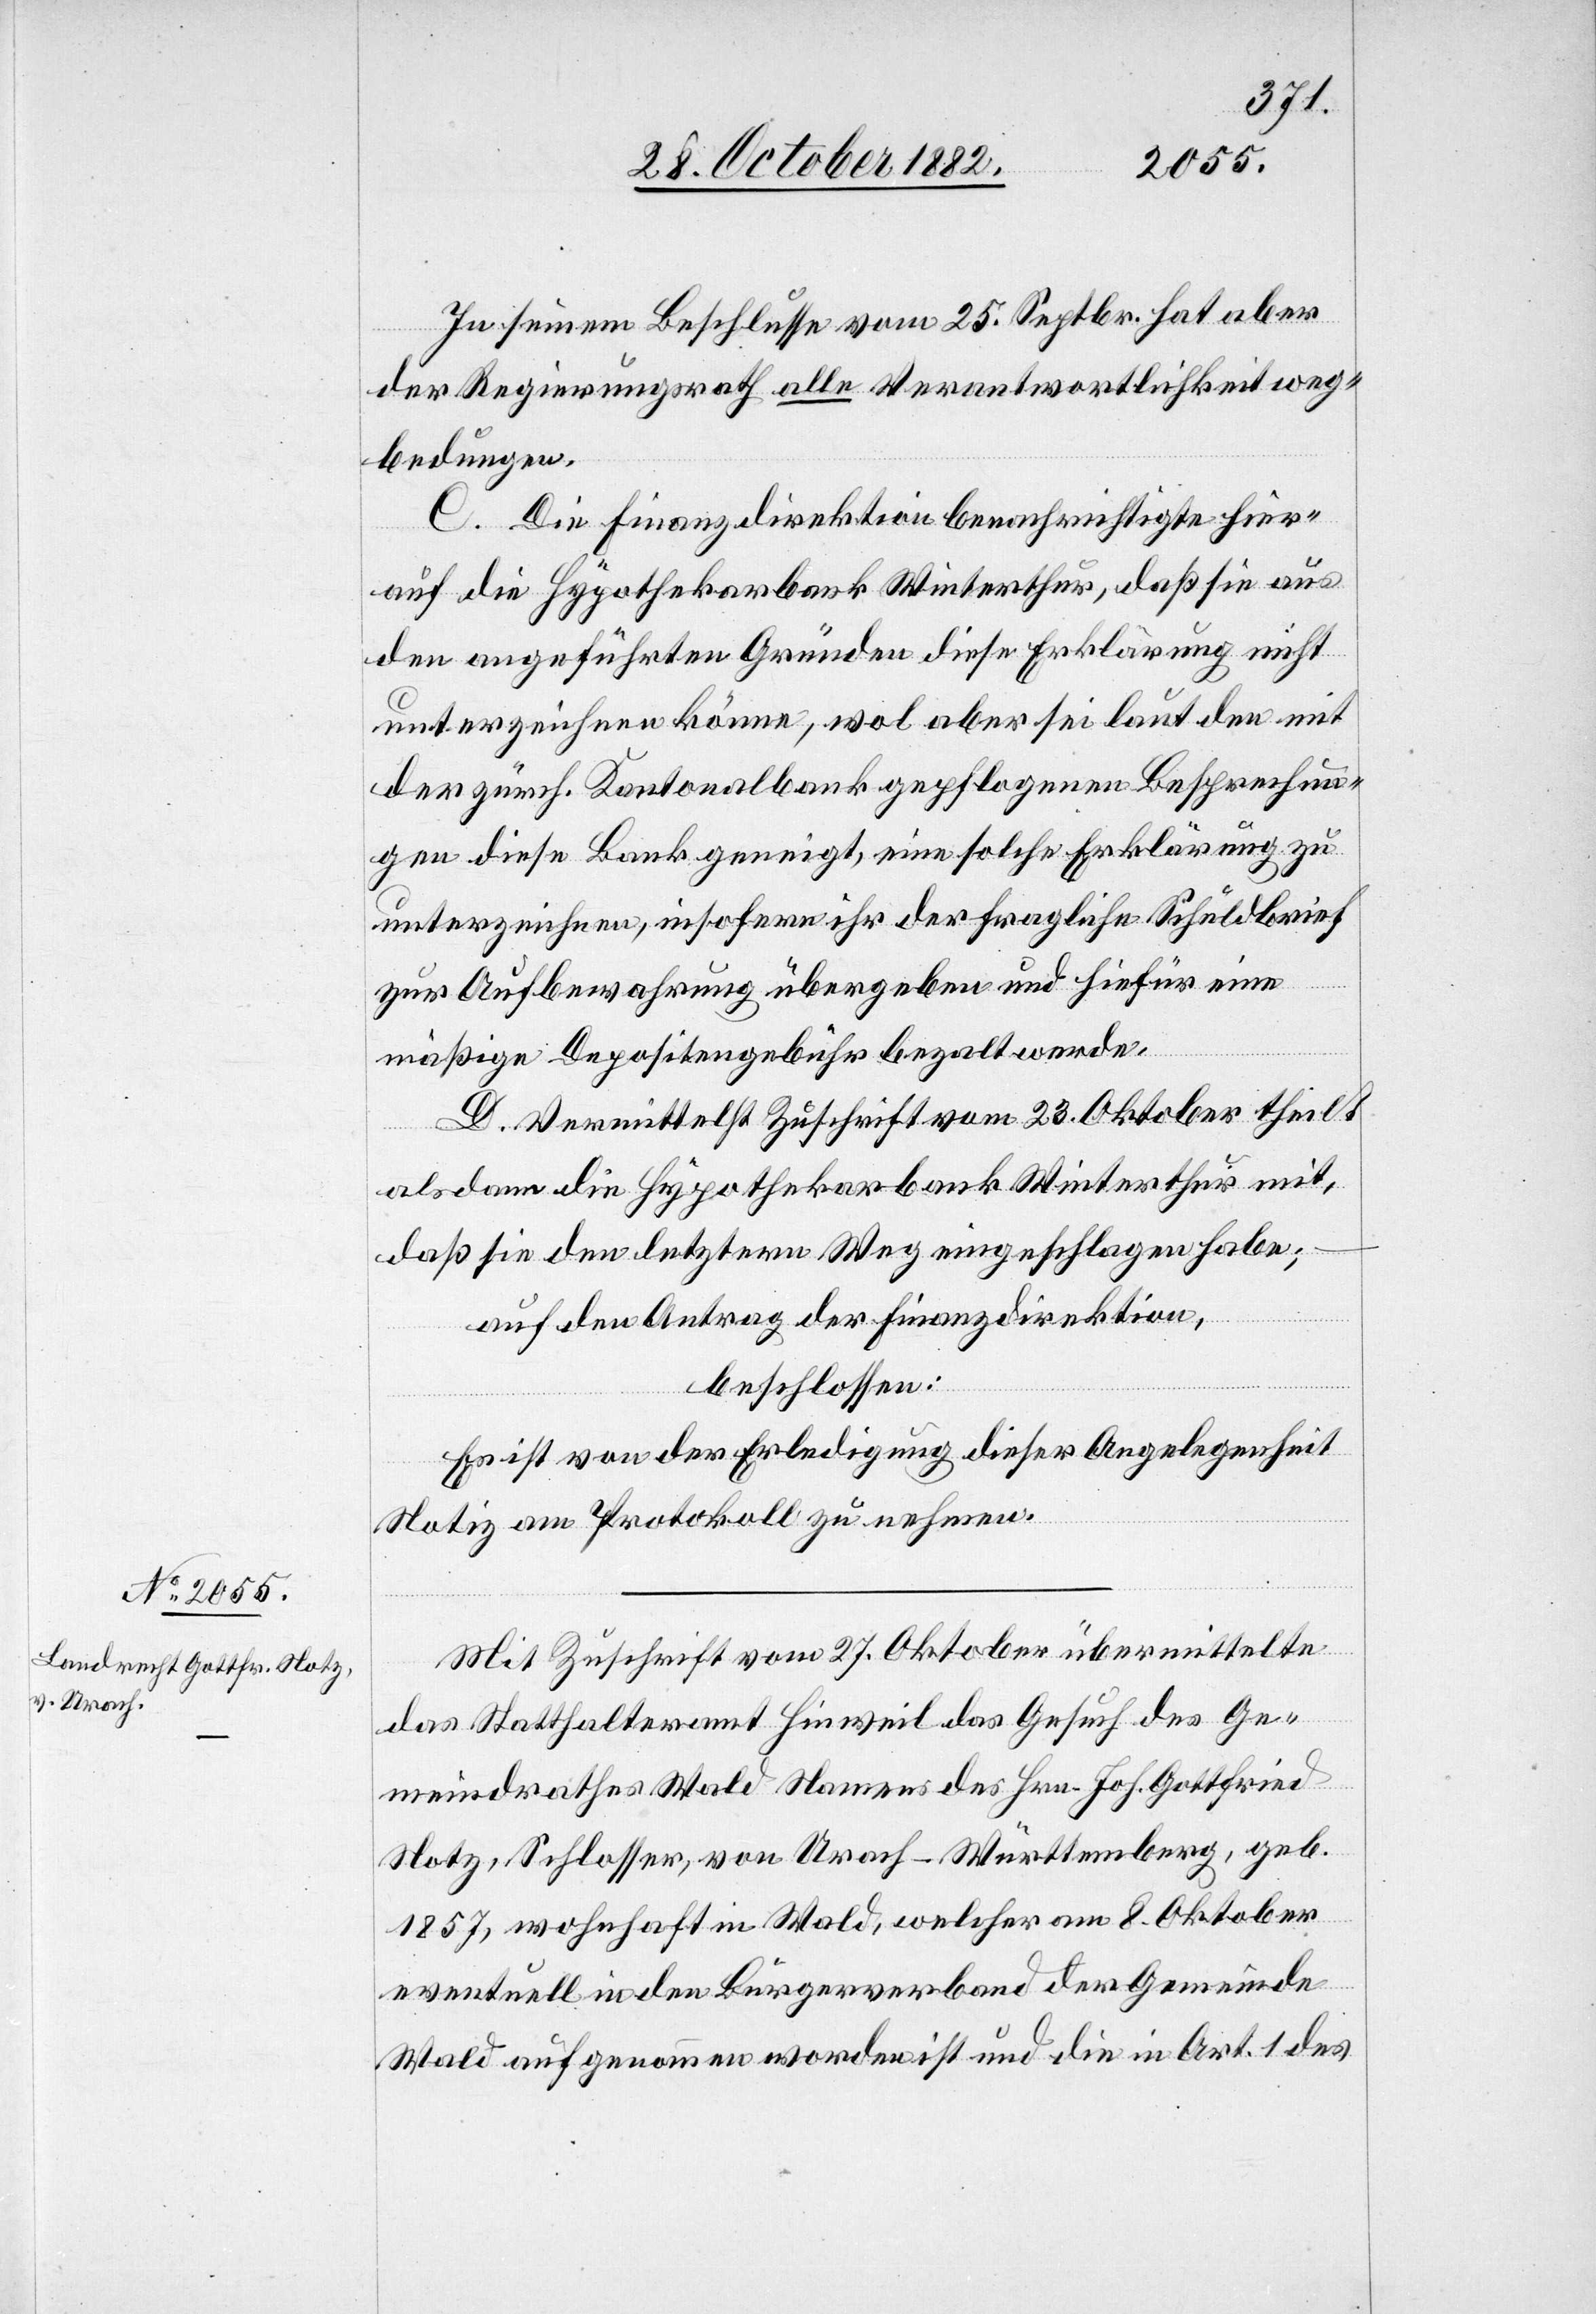
In Seinem Beschlusse vom 25. Septbr. hat aber
der Regierungsrath alle Verantwortlichkeit weg¬
bedungen.
C. Die Finanzdirektion benachrichtigte hier¬
auf die Hypothekarbank Winterthur, daß sie aus
den angeführten Gründen diese Erklärung nicht
unterzeichnen könne, wol aber sei laut den mit
der zürch. Kantonalbank gepflogenen Besprechun¬
gen diese Bank geneigt, eine solche Erklärung zu
unterzeichnen, insofern ihr der fragliche Schuldbrief
zur Aufbewahrung übergeben und hiefür eine
mäßige Depositengebühr bezahlt werde.
D. Vermittelst Zuschrift vom 23. Oktober theilt
alsdann die Hypothekarbank Winterthur mit,
daß sie den letztern Weg eingeschlagen habe;
auf den Antrag der Finanzdirektion,
beschlossen:
Es ist von der Erledigung dieser Angelegenheit
Notiz am Protokoll zu nehmen.
Mit Zuschrift vom 27. Oktober übermittelte
das Statthalteramt Hinweil das Gesuch des Ge¬
meindrathes Wald Namens des Hrn. Joh. Gottfried
Notz, Schlosser, von Urach - Württemberg, geb.
1857, wohnhaft in Wald, welcher am 8. Oktober
eventuell in den Bürgerverband der Gemeinde
Wald aufgenommen worden ist und die in Art. 1 des